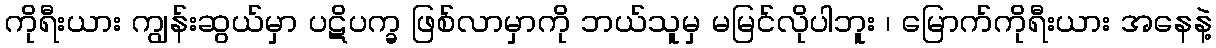
ကိုရီးယား ကျွန်းဆွယ်မှာ ပဋိပက္ခ ဖြစ်လာမှာကို ဘယ်သူမှ မမြင်လိုပါဘူး ၊ မြောက်ကိုရီးယား အနေနဲ့